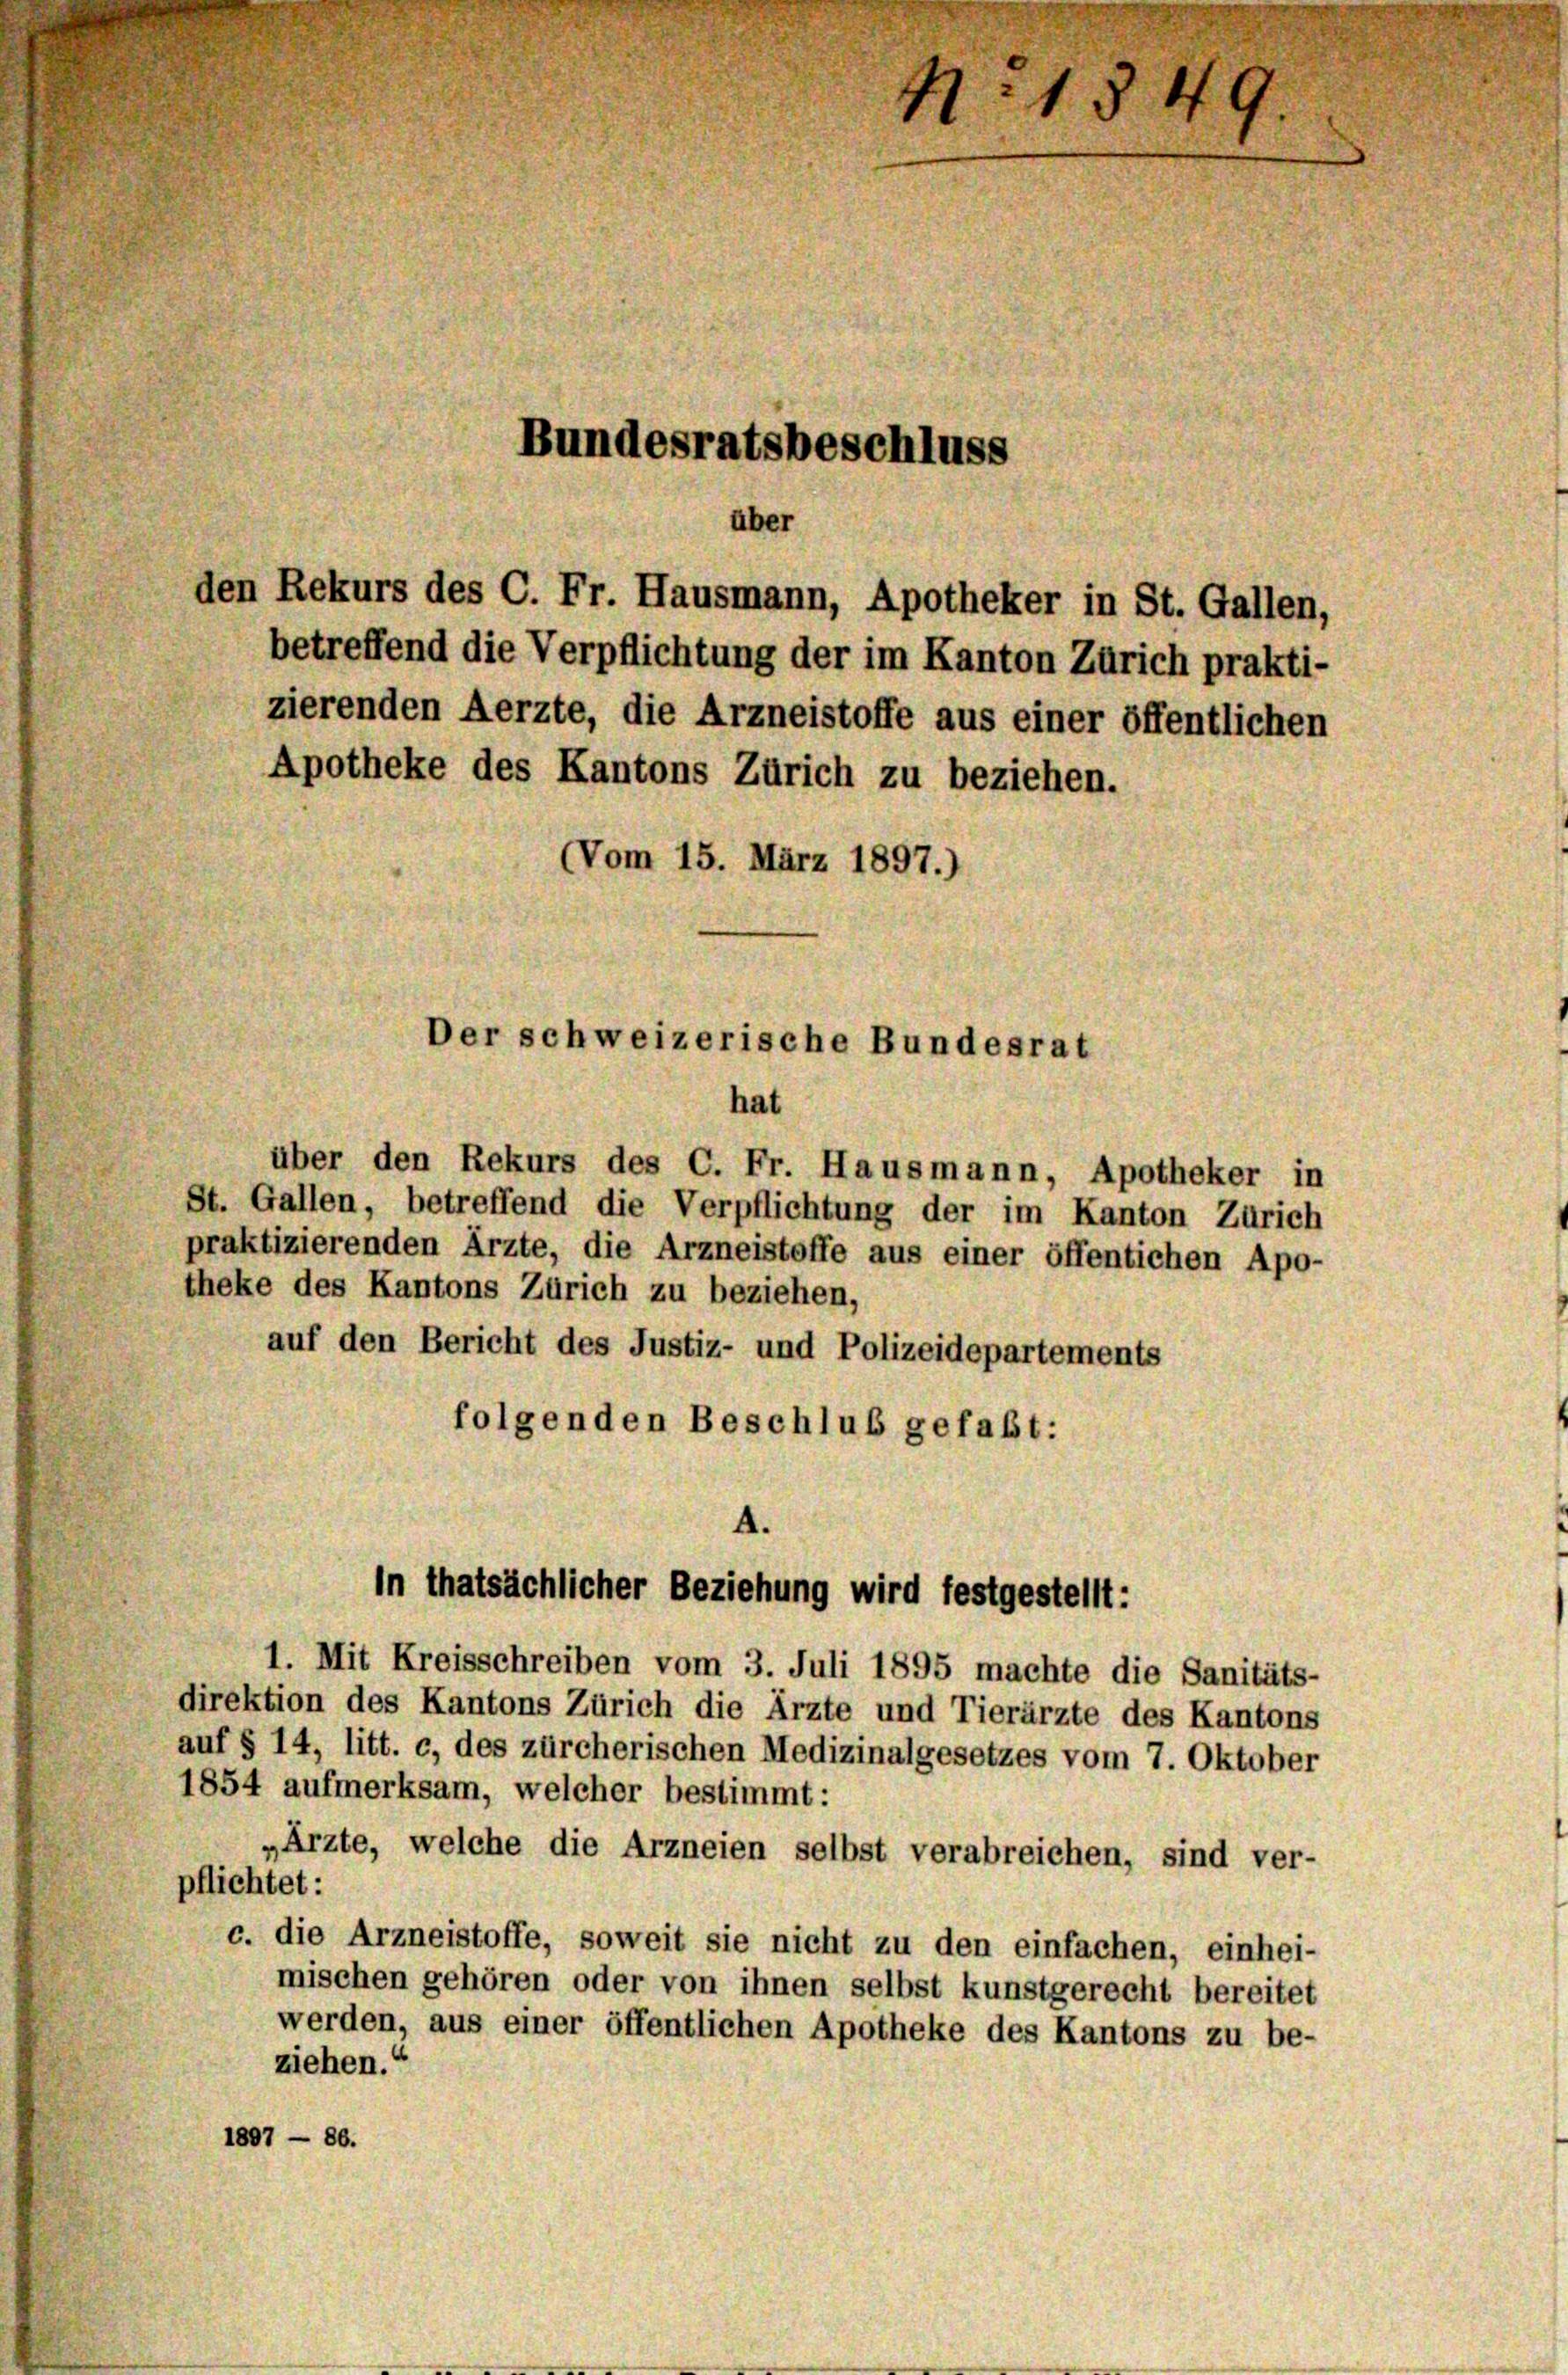
den Rekurs des C. Fr. Hausmann, Apotheker in St. Gallen,
betreffend die Verpflichtung der im Kanton Zürich prakti-
zierenden Aerzte, die Arzneistoffe aus einer öffentlichen
Apotheke des Kantons Zürich zu beziehen.
Vom 15. März 1897.)

N. 1849
Bundesratsbeschluss
über

Der schweizerische Bundesrat
hat

über den Rekurs des C. Fr. Hausmann, Apotheker in
St. Gallen, betreffend die Verpflichtung der im Kanton Zürich
praktizierenden Ärzte, die Arzneistoffe aus einer öffentichen Apo-
theke des Kantons Zürich zu beziehen,
auf den Bericht des Justiz- und Polizeidepartements
folgenden Beschluß gefaßt:

4.
in thatsächlicher Beziehung wird festgestellt:

1. Mit Kreisschreiben vom 3. Juli 1895 machte die Sanitäts-
direktion des Kantons Zürich die Ärzte und Tierärzte des Kantons
auf § 14, litt. c, des zürcherischen Medizinalgesetzes vom 7. Oktober
1854 aufmerksam, welcher bestimmt:
„Ärzte, welche die Arzneien selbst verabreichen, sind ver-
pflichtet:
c. die Arzneistoffe, soweit sie nicht zu den einfachen, einhei-
mischen gehören oder von ihnen selbst kunstgerecht bereitet
werden, aus einer öffentlichen Apotheke des Kantons zu be-
ziehen.“
1807 — 86.